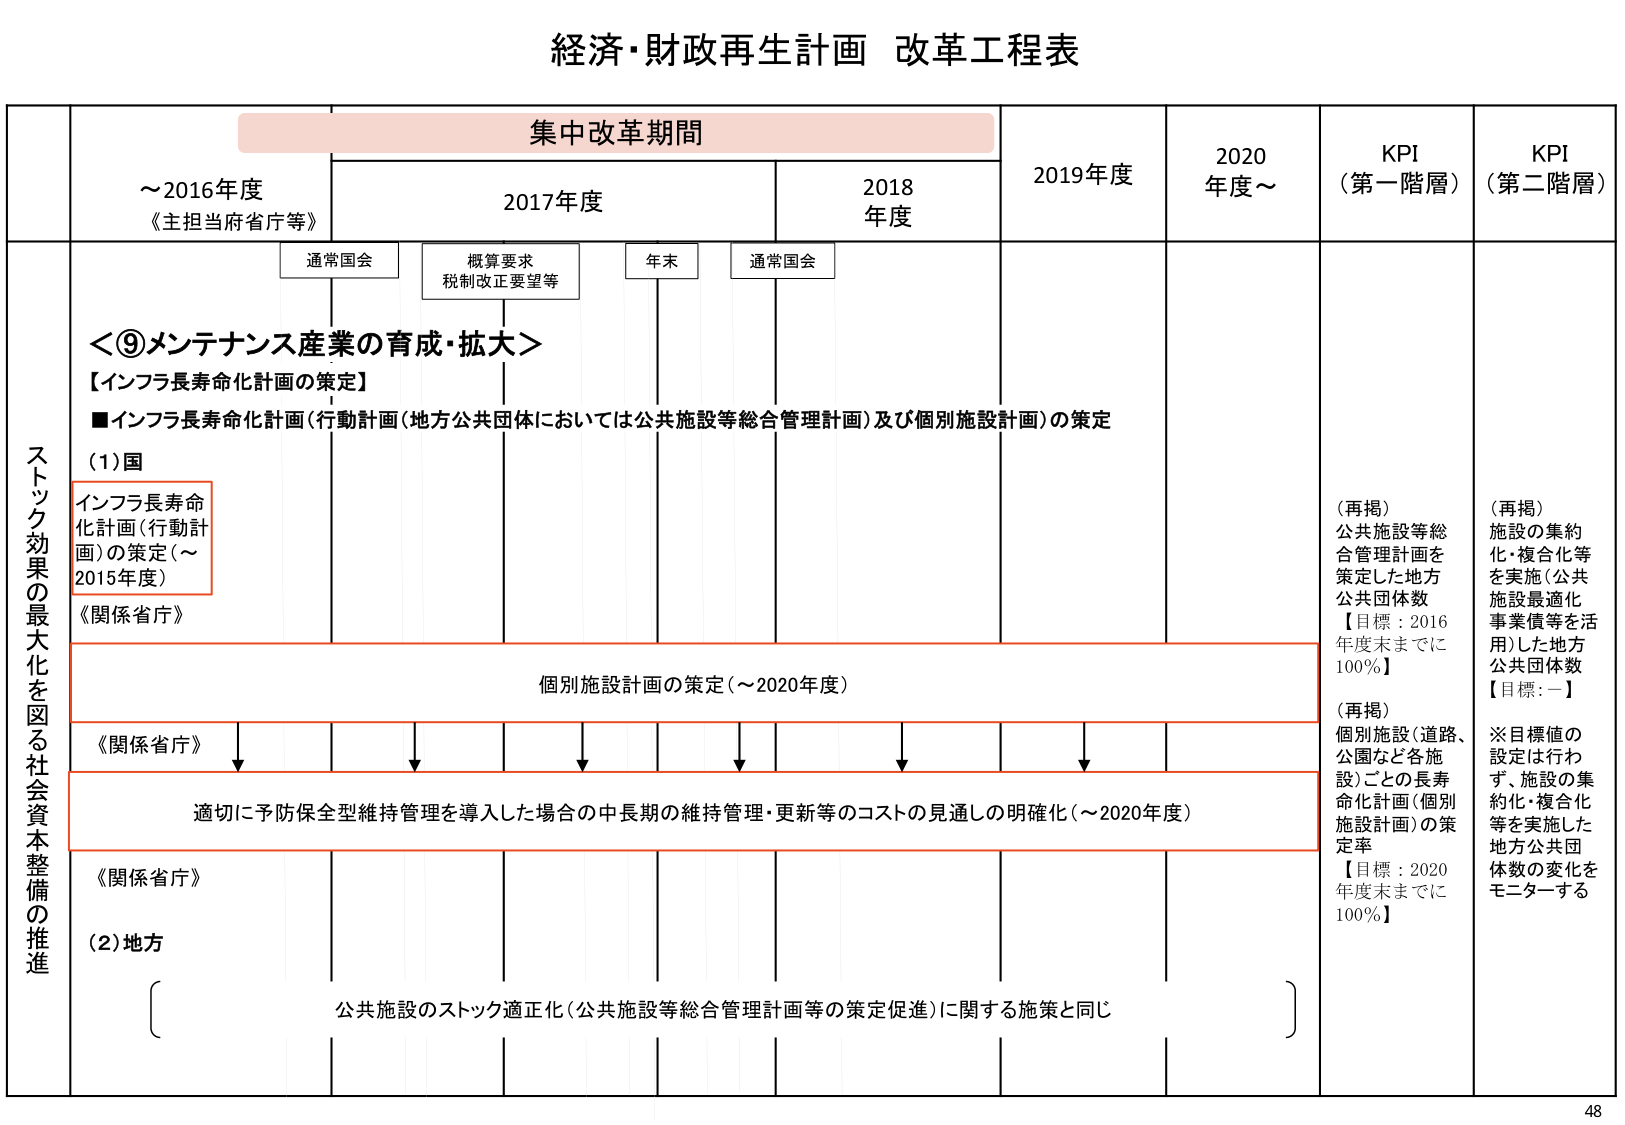
経済・財政再生計画 改革工程表

集中改革期間

～2016年度
《主担当府省庁等》

2017年度
通常国会
概算要求
税制改正要望等

2018年度
年末
通常国会

2019年度

2020年度～

KPI
（第一階層）

KPI
（第二階層）

＜⑨メンテナンス産業の育成・拡大＞
【インフラ長寿命化計画の策定】
■インフラ長寿命化計画（行動計画（地方公共団体においては公共施設等総合管理計画）及び個別施設計画）の策定

（1）国
インフラ長寿命化計画（行動計画）の策定（～2015年度）
《関係省庁》

個別施設計画の策定（～2020年度）
《関係省庁》

適切に予防保全型維持管理を導入した場合の中長期の維持管理・更新等のコストの見通しの明確化（～2020年度）
《関係省庁》

（2）地方
公共施設のストック適正化（公共施設等総合管理計画等の策定促進）に関する施策と同じ

（再掲）
公共施設等総合管理計画を策定した地方公共団体数
【目標：2016年度末までに100％】

（再掲）
個別施設（道路、公園など各施設）ごとの長寿命化計画（個別施設計画）の策定率
【目標：2020年度末までに100％】

（再掲）
施設の集約化・複合化等を実施（公共施設最適化事業債等を活用）した地方公共団体数
【目標：－】
※目標値の設定は行わず、施設の集約化・複合化等を実施した地方公共団体数の変化をモニターする

ストック効果の最大化を図る社会資本整備の推進

48